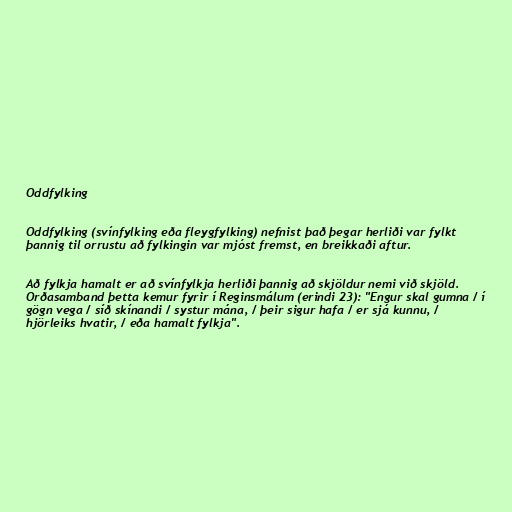
Oddfylking

Oddfylking (svínfylking eða fleygfylking) nefnist það þegar herliði var fylkt
þannig til orrustu að fylkingin var mjóst fremst, en breikkaði aftur.

Að fylkja hamalt er að svínfylkja herliði þannig að skjöldur nemi við skjöld.
Orðasamband þetta kemur fyrir í Reginsmálum (erindi 23): "Engur skal gumna / í
gögn vega / síð skínandi / systur mána, / þeir sigur hafa / er sjá kunnu, /
hjörleiks hvatir, / eða hamalt fylkja".